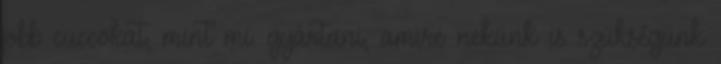
jobb cuccokat, mint mi. gyártani, amire nekünk is szükségünk